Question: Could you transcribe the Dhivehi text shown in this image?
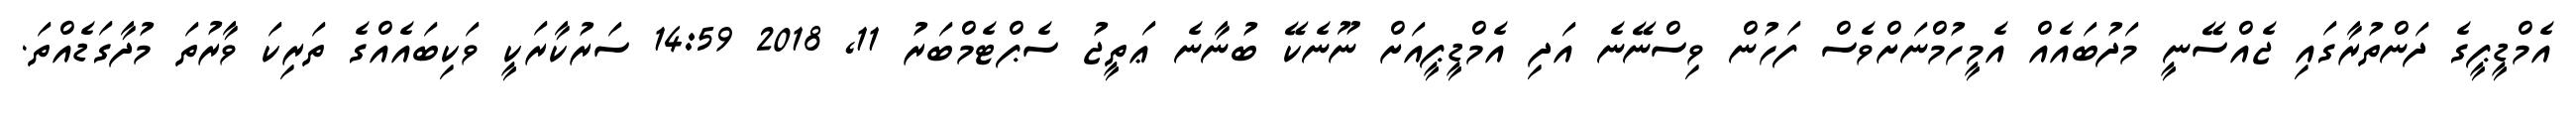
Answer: އެމްޑީޕީގެ ދަންތުރާގައި ޖެއްސޭނީ މަދުބައެއް އެމީހުމްނަށްވެސް ފަހުން ވިސްނޭނެ އަދި އެމްޑީޕީއަށް ނޫނެކޭ ބުނާނެ ޢަތީޖު ސެޕްޓެމްބަރު 11, 2018 14:59 ސަރުކާރަކީ ވަކިބައެއްގެ ތަރިކަ ވާރުތަ މުދާގަޑެއްތަ.